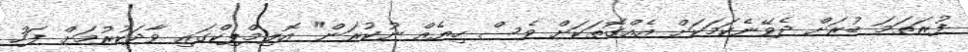
ފުރަތަމަ ބުރަށް ދެވޭނެކަމަކަށް އެއްގޮތަކަށް ވެސް ހިޔެއް ނުކުރަން" އޮލިމްޕިކްގައި ވާދަކުރުމަށް ފަހު